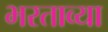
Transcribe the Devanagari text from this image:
भरताव्या